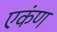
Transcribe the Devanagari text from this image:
एकंण